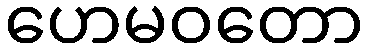
ဟေမဝတော